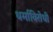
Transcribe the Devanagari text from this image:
धर्माविरोधी